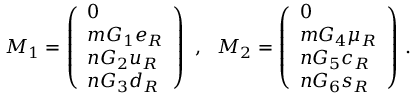
M _ { 1 } = \left( \begin{array} { l } { { 0 } } \\ { { m G _ { 1 } e _ { R } } } \\ { { n G _ { 2 } u _ { R } } } \\ { { n G _ { 3 } d _ { R } } } \end{array} \right) ~ , ~ ~ M _ { 2 } = \left( \begin{array} { l } { { 0 } } \\ { { m G _ { 4 } \mu _ { R } } } \\ { { n G _ { 5 } c _ { R } } } \\ { { n G _ { 6 } s _ { R } } } \end{array} \right) \, .